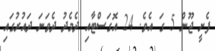
ފެށީ ޖޫން 5 ގަ އެވެ. 24 އޮގަސްޓާއި ދެމެދު ދެވަނަ ދައުރުގައި